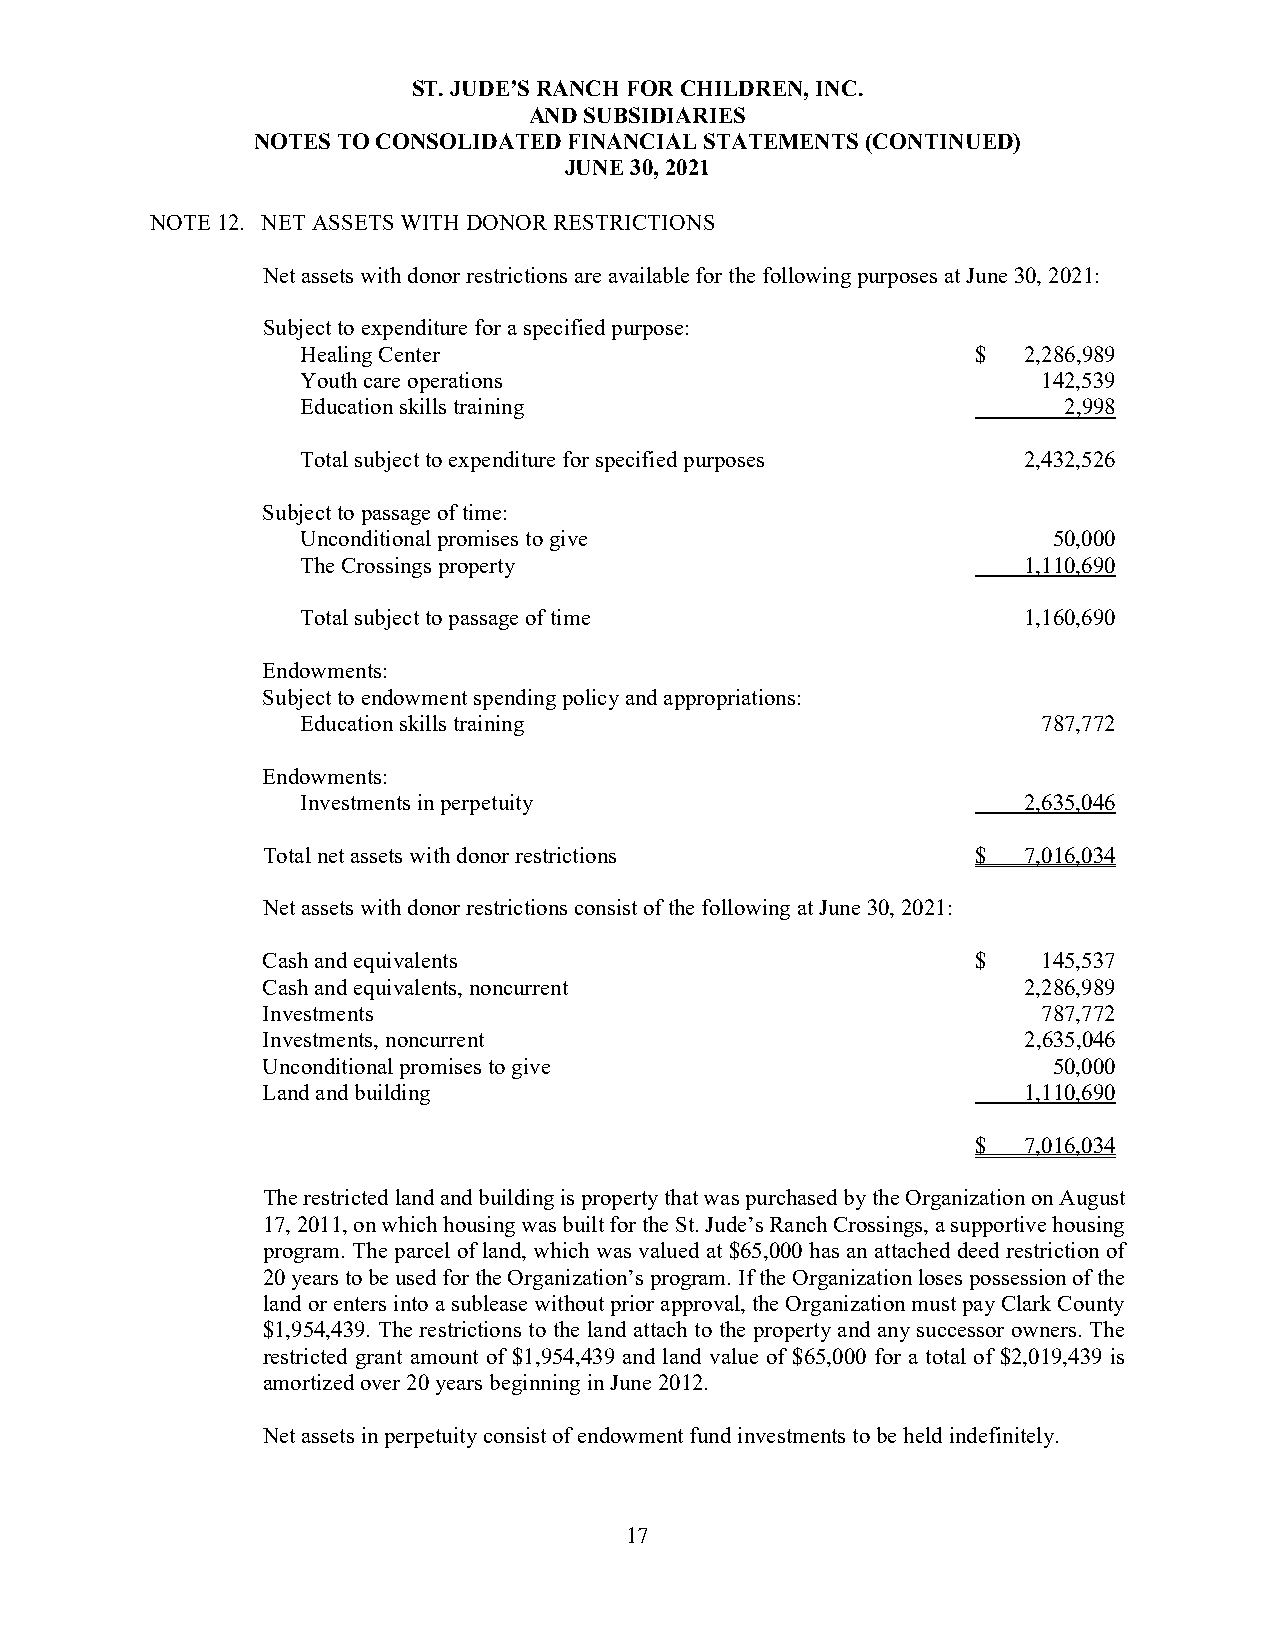
ST. JUDE’S RANCH FOR CHILDREN, INC.
 AND SUBSIDIARIES
 NOTES TO CONSOLIDATED FINANCIAL STATEMENTS (CONTINUED)
 JUNE 30, 2021
 NOTE 12. NET ASSETS WITH DONOR RESTRICTIONS
 Net assets with donor restrictions are available for the following purposes at June 30, 2021:
 Subject to expenditure for a specified purpose:
 Healing Center                               $  2,286,989
 Youth care operations                            142,539
 Education skills training                         2,998
 Total subject to expenditure for specified purposes 2,432,526
 Subject to passage of time:
 Unconditional promises to give                    50,000
 The Crossings property                          1,110,690
 Total subject to passage of time                1,160,690
 Endowments:
 Subject to endowment spending policy and appropriations:
 Education skills training                        787,772
 Endowments:
 Investments in perpetuity                       2,635,046
 Total net assets with donor restrictions        $  7,016,034
 Net assets with donor restrictions consist of the following at June 30, 2021:
 Cash and equivalents                            $   145,537
 Cash and equivalents, noncurrent                   2,286,989
 Investments                                         787,772
 Investments, noncurrent                            2,635,046
 Unconditional promises to give                       50,000
 Land and building                                  1,110,690
 $  7,016,034
 The restricted land and building is property that was purchased by the Organization on August
 17, 2011, on which housing was built for the St. Jude’s Ranch Crossings, a supportive housing
 program. The parcel of land, which was valued at $65,000 has an attached deed restriction of
 20 years to be used for the Organization’s program. If the Organization loses possession of the
 land or enters into a sublease without prior approval, the Organization must pay Clark County
 $1,954,439. The restrictions to the land attach to the property and any successor owners. The
 restricted grant amount of $1,954,439 and land value of $65,000 for a total of $2,019,439 is
 amortized over 20 years beginning in June 2012.
 Net assets in perpetuity consist of endowment fund investments to be held indefinitely.
 17